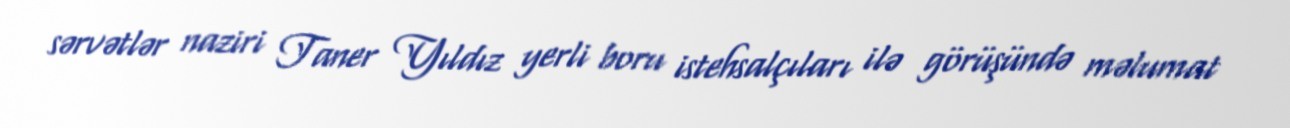
sərvətlər naziri Taner Yıldız yerli boru istehsalçıları ilə görüşündə məlumat